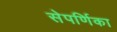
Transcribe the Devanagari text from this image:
सेपर्णिका